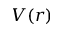
V ( r )